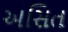
અસિત